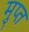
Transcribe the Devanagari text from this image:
मुप्त